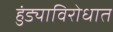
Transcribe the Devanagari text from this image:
हुंड्याविरोधात